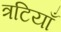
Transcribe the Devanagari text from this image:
त्रटियाँ